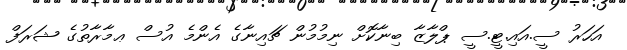
އަހަރު ސީ.އައި.ޓީ.ސީ ޕްލާޒާ ބިނާކޮށް ނިމުމުން ޗައިނާގެ އެންމެ އުސް ޢމާރާތުގެ ޝަރަފް